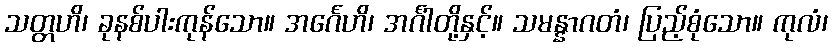
သတ္တဟိ၊ ခုနစ်ပါးကုန်သော။ အင်္ဂေဟိ၊ အင်္ဂါတို့နှင့်။ သမန္နာဂတံ၊ ပြည့်စုံသော။ ကုလံ၊